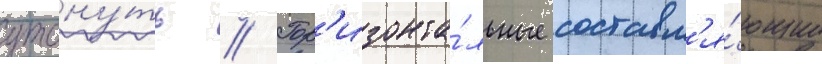
утону́ть // Гор'изонта́льные составл'я́ющие